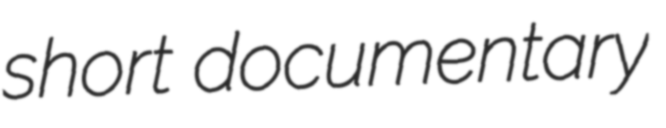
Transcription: short documentary